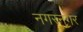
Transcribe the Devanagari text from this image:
नगरनगर